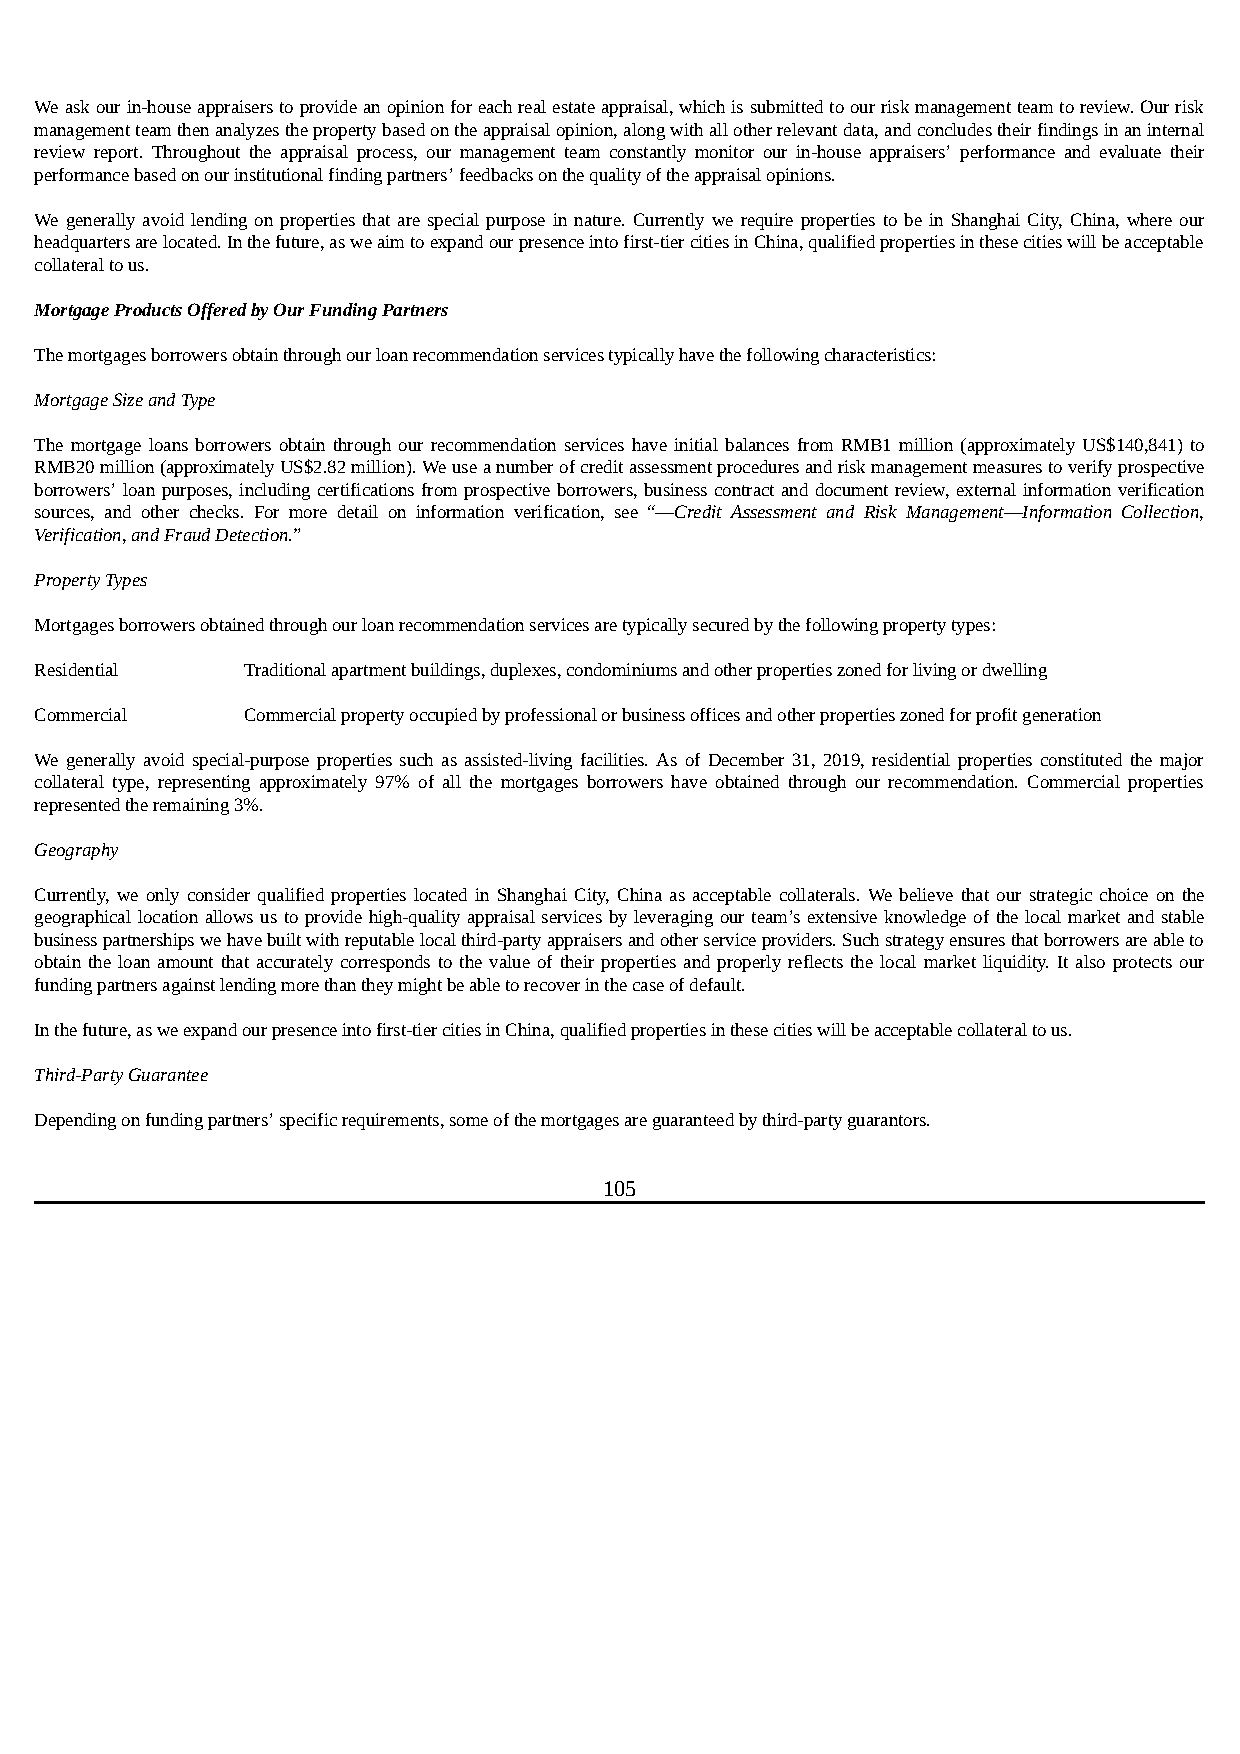
We ask our in-house appraisers to provide an opinion for each real estate appraisal, which is submitted to our risk management team to review. Our risk
 management team then analyzes the property based on the appraisal opinion, along with all other relevant data, and concludes their findings in an internal
 review report. Throughout the appraisal process, our management team constantly monitor our in-house appraisers’ performance and evaluate their
 performance based on our institutional finding partners’ feedbacks on the quality of the appraisal opinions.
 We generally avoid lending on properties that are special purpose in nature. Currently we require properties to be in Shanghai City, China, where our
 headquarters are located. In the future, as we aim to expand our presence into first-tier cities in China, qualified properties in these cities will be acceptable
 collateral to us.
 Mortgage Products Offered by Our Funding Partners
 The mortgages borrowers obtain through our loan recommendation services typically have the following characteristics:
 Mortgage Size and Type
 The mortgage loans borrowers obtain through our recommendation services have initial balances from RMB1 million (approximately US$140,841) to
 RMB20 million (approximately US$2.82 million). We use a number of credit assessment procedures and risk management measures to verify prospective
 borrowers’ loan purposes, including certifications from prospective borrowers, business contract and document review, external information verification
 sources, and other checks. For more detail on information verification, see “—Credit Assessment and Risk Management—Information Collection,
 Verification, and Fraud Detection.”
 Property Types
 Mortgages borrowers obtained through our loan recommendation services are typically secured by the following property types:
 Residential   Traditional apartment buildings, duplexes, condominiums and other properties zoned for living or dwelling
 Commercial    Commercial property occupied by professional or business offices and other properties zoned for profit generation
 We generally avoid special-purpose properties such as assisted-living facilities. As of December 31, 2019, residential properties constituted the major
 collateral type, representing approximately 97% of all the mortgages borrowers have obtained through our recommendation. Commercial properties
 represented the remaining 3%.
 Geography
 Currently, we only consider qualified properties located in Shanghai City, China as acceptable collaterals. We believe that our strategic choice on the
 geographical location allows us to provide high-quality appraisal services by leveraging our team’s extensive knowledge of the local market and stable
 business partnerships we have built with reputable local third-party appraisers and other service providers. Such strategy ensures that borrowers are able to
 obtain the loan amount that accurately corresponds to the value of their properties and properly reflects the local market liquidity. It also protects our
 funding partners against lending more than they might be able to recover in the case of default.
 In the future, as we expand our presence into first-tier cities in China, qualified properties in these cities will be acceptable collateral to us.
 Third-Party Guarantee
 Depending on funding partners’ specific requirements, some of the mortgages are guaranteed by third-party guarantors.
 105